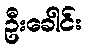
ဦးခေါင်း